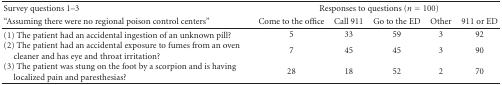
| Survey questions 1–3 | <COLSPAN=5> Responses to questions (n = 100) |
 | “Assuming there were no regional poison control centers” | Come to the office | Call 911 | Go to the ED | Other | 911 or ED |
 | --- | --- | --- | --- | --- | --- |
 | (1) The patient had an accidental ingestion of an unknown pill? | 5 | 33 | 59 | 3 | 92 |
 | (2) The patient had an accidental exposure to fumes from an ovencleaner and has eye and throat irritation? | 7 | 45 | 45 | 3 | 90 |
 | (3) The patient was stung on the foot by a scorpion and is havinglocalized pain and paresthesias? | 28 | 18 | 52 | 2 | 70 |